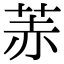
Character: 䓇